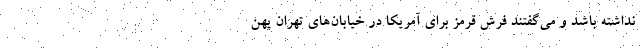
نداشته باشد و می‌گفتند فرش قرمز برای آمریکا در خیابان‌های تهران پهن